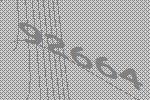
92664